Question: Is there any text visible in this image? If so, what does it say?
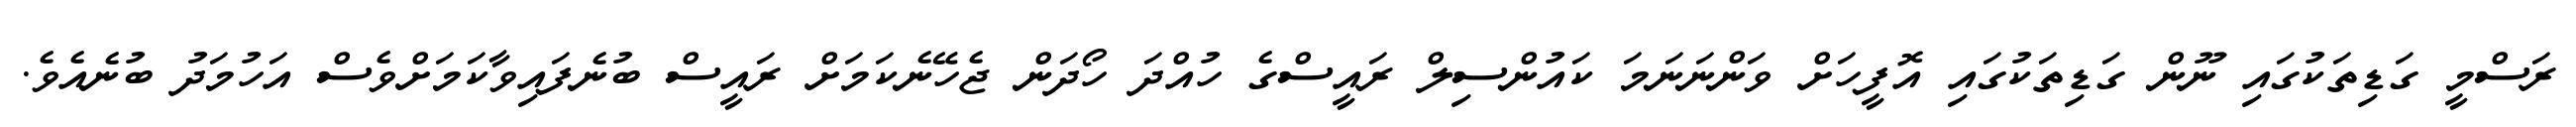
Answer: ރަސްމީ ގަޑިތަކުގައި ނޫން ގަޑިތަކުގައި އޮފީހަށް ވަންނަނަމަ ކައުންސިލް ރައީސްގެ ހުއްދަ ހޯދަން ޖެހޭނެކަމަށް ރައީސް ބުނެފައިވާކަމަށްވެސް އަހުމަދު ބުނެއެވެ.